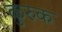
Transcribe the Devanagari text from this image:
कुरुक